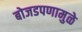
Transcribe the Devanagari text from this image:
बोजडपणामुळे